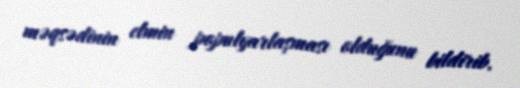
məqsədinin elmin populyarlaşması olduğunu bildirib.